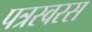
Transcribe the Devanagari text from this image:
पत्रस्वरस